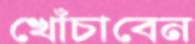
খোঁচাবেন